Vaccine operations Central Provinces 1900-1911 - 1900-1911
Year: 1900
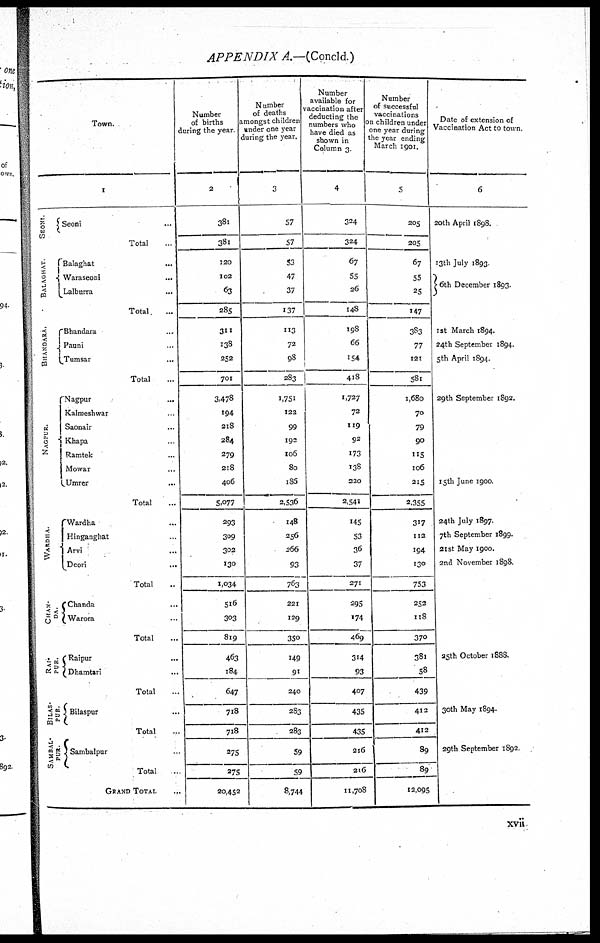
APPENDIX A.—(Concld.)
Town.
1
SEONI.
BALAGHAT.
BHANDARA.
NAGPUR.
WARDHA.
CHAN-
DA
RAI-
PUR.
BI LAS-
PUR.
Seoni
Total
Balaghat...
Waraseoni...
Lalburra...
Total
Bhandara...
Pauni...
Tumsar...
Total
Nagpur...
Kalmeshwar.
Saonair...
Khapa.
Ramtek...
Mowar...
Umrer...
Total
Wardha...
Hinganghat
Arvi...
Deori...
Total
Chanda...
Warora...
Total
Raipur...
Dhamtari...
Total
Bilaspur...
Total
Sambalpur..
Total
GRAND TOTAL...
Number
of births
during the year.
2
381
381
120
102
63
285
311
138
252
701
3,478
194
218
284
279
218
406
5,077
293
309
302
130
1,034
516
303
819
463
184
647
718
718
275
275
20,452
Number
of deaths
amongst children
under one year
during the year.
3
57
57
53
47
37
137
113
72
98
283
1,751
122
99
192
106
80
186
2,536
248
256
266
93
763
221
129
350
149
91
240
283
283
59
59
8,744
Number
available for
vaccination after
deducting the
numbers who
have died as
shown in
Column 3
4
324
324
67
55
26
148
198
66
154
418
1,727
72
119
92
173
138
220
2,541
145
53
36
37
271
295
174
469
314
93
407
435
435
216
216
11,708
Number
of successful
vaccinations
on children under
one year during
the year ending
March 1901.
5
205
205
67
55
25
147
383
77
121
581
1,680
70
79
90
115
106
215
2,355
317
112
194
130
753
252
118
370
381
58
439
412
412
89
89
12,095
Date of extension of
Vaccination Act to town.
6
20th April 1898.
13th July 1893
6th December 1893.
1st March 1894.
24th September 1894.
5th April 1894.
29th September 1892.
15th June 1900.
24th July 1897.
7th September 1899.
21st May 1900.
2nd November 1898.
25th October 1888.
30th May 1894.
29th September 1892
xvii